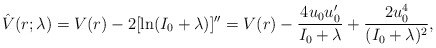
\begin{align*}\hat{V}(r;\lambda)=V(r)-2[\ln(I_0+\lambda)]''=V(r)-\frac{4u_0u_0'}{I_0+\lambda}+\frac{2u_0^4}{(I_0+\lambda)^2},\end{align*}